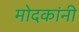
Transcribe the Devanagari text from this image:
मोदकांनी